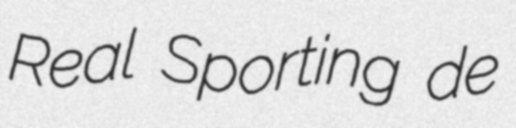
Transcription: Real Sporting de